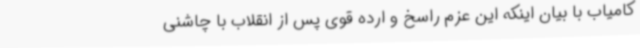
کامیاب با بیان اینکه این عزم راسخ و ارده قوی پس از انقلاب با چاشنی